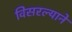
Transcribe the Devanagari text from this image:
विसरल्याने